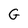
Character: G